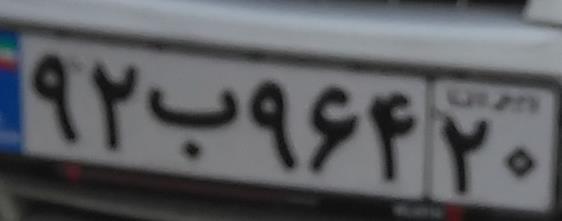
۹۲ب۹۶۴۲۰